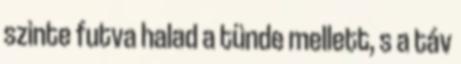
szinte futva halad a tünde mellett, s a táv